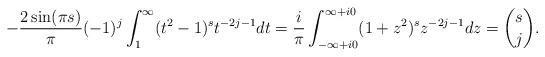
LaTeX: \begin{align*} -\frac{2\sin(\pi s)}{\pi} (-1)^j \int_1^\infty (t^2-1)^s t^{-2j-1} dt = \frac{i} \pi \int_{-\infty+i0}^{\infty+i0} (1+z^2)^s z^{-2j-1} dz = \binom{s}{j}. \end{align*}